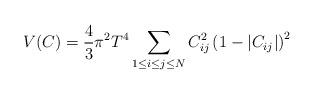
LaTeX: \begin{align*}V(C)={4\over 3}\pi^2 T^4\sum_{1\le i\le j\le N} C_{ij}^2\left(1-\vert C_{ij}\vert\right)^2 \end{align*}